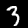
Label: 3